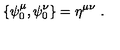
\{ \psi _ { 0 } ^ { \mu } , \psi _ { 0 } ^ { \nu } \} = \eta ^ { \mu \nu } \ .